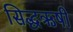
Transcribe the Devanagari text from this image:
सिद्धऋषी